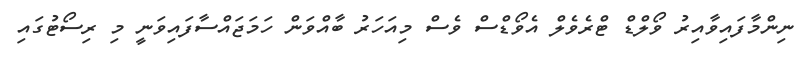
ނިންމާފައިވާއިރު ވޯލްޑް ޓްރެވެލް އެވޯޑްސް ވެސް މިއަހަރު ބާއްވަން ހަމަޖައްސާފައިވަނީ މި ރިސޯޓުގައި